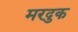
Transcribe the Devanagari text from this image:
मरदुक